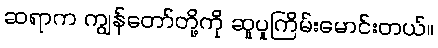
ဆရာက ကျွန်တော်တို့ကို ဆူပူကြိမ်းမောင်းတယ်။